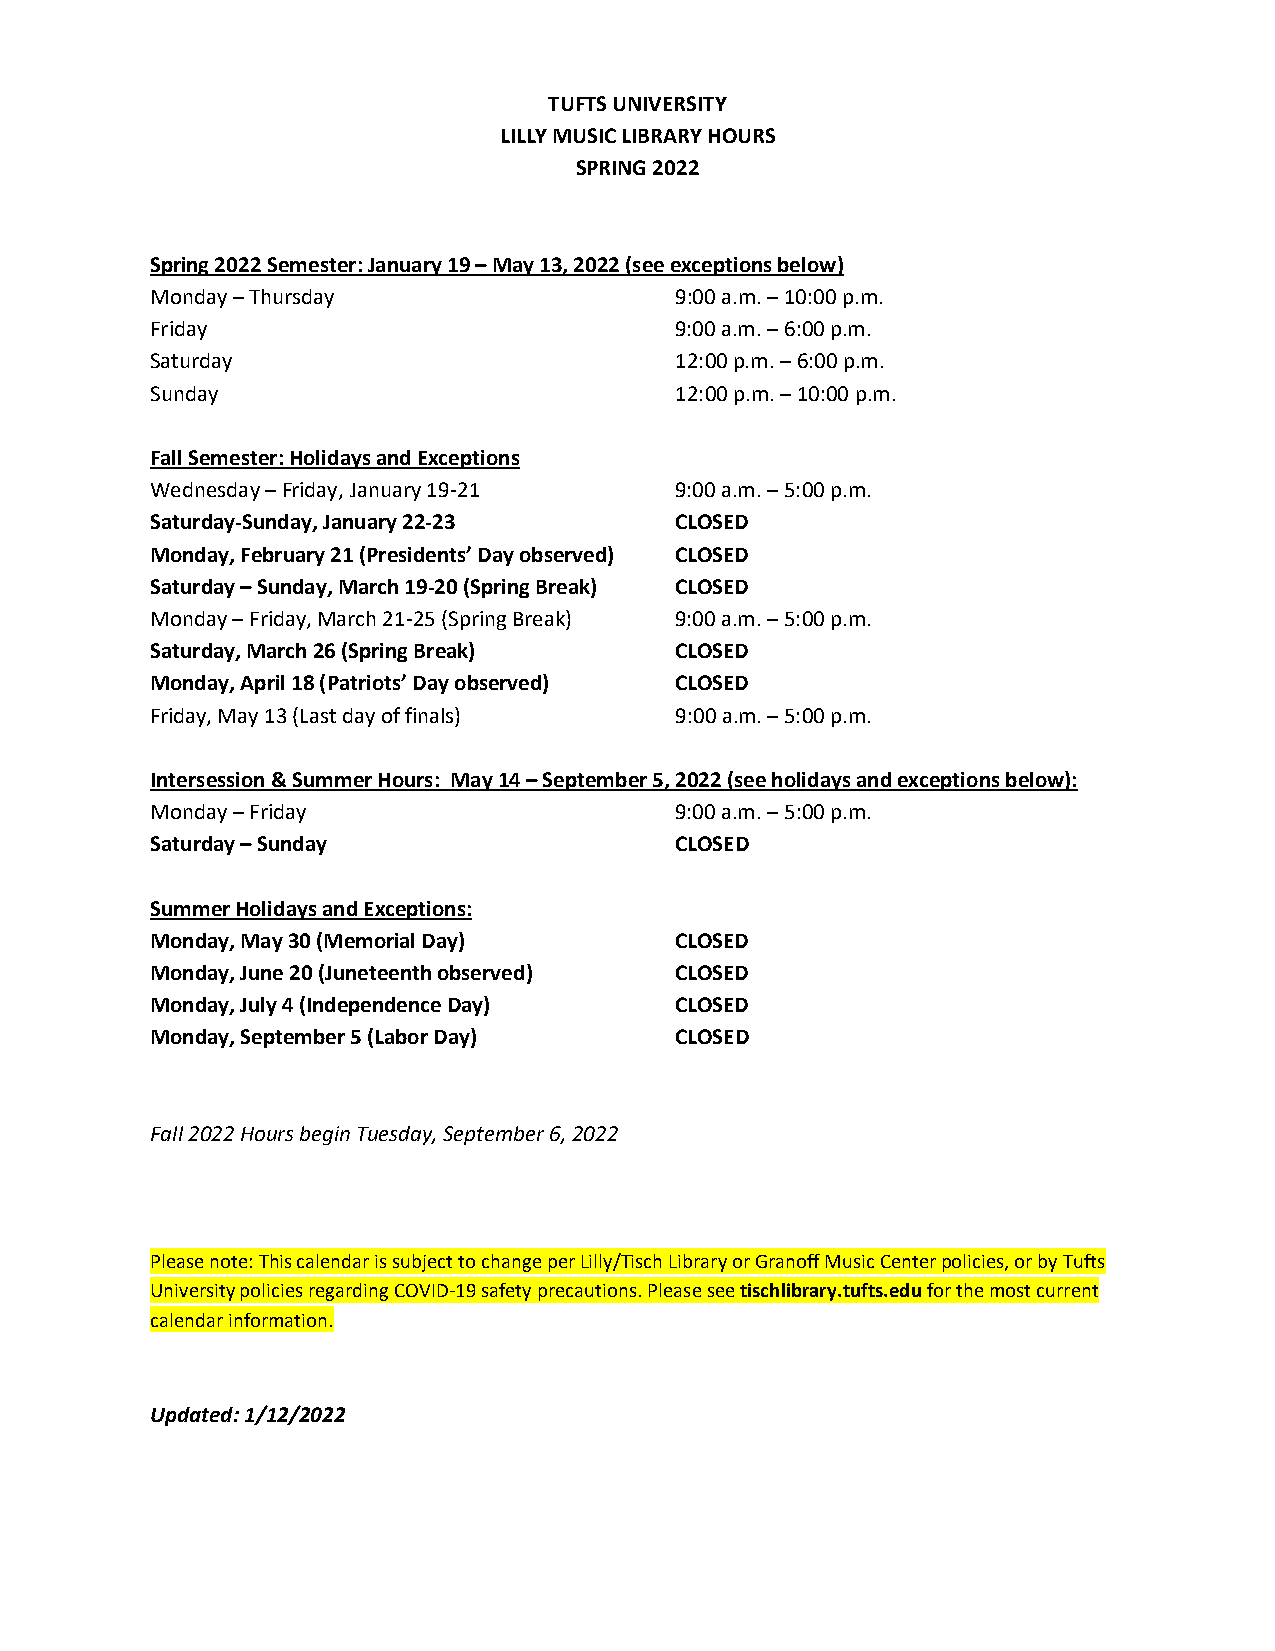
TUFTS UNIVERSITY
 LILLY MUSIC LIBRARY HOURS
 SPRING 2022
 Spring 2022 Semester: January 19 – May 13, 2022 (see exceptions below)
 Monday – Thursday                  9:00 a.m. – 10:00 p.m.
 Friday                             9:00 a.m. – 6:00 p.m.
 Saturday                           12:00 p.m. – 6:00 p.m.
 Sunday                             12:00 p.m. – 10:00 p.m.
 Fall Semester: Holidays and Exceptions
 Wednesday – Friday, January 19 -21 9:00 a.m. – 5:00 p.m.
 Saturday-Sunday, January 22-23     CLOSED
 Monday, February 21 (Presidents’ Day observed) CLOSED
 Saturday – Sunday, March 19-20 (Spring Break) CLOSED
 Monday – Friday, March 21-25 (Spring Break) 9:00 a.m. – 5:00 p.m.
 Saturday, March 26 (Spring Break)  CLOSED
 Monday, April 18 (Patriots’ Day observed) CLOSED
 Friday, May 13 (Last day of finals) 9:00 a.m. – 5:00 p.m.
 Intersession & Summer Hours: May 14 – September 5, 2022 (see holidays and exceptions below):
 Monday – Friday                    9:00 a.m. – 5:00 p.m.
 Saturday – Sunday                  CLOSED
 Summer Holidays and Exceptions:
 Monday, May 30 (Memorial Day)      CLOSED
 Monday, June 20 (Juneteenth observed) CLOSED
 Monday, July 4 (Independence Day)  CLOSED
 Monday, September 5 (Labor Day)    CLOSED
 Fall 2022 Hours begin Tuesday, September 6, 2022
 Please note: This calendar is subject to change per Lilly/Tisch Library or Granoff Music Center policies, or by Tufts
 University policies regarding COVID-19 safety precautions. Please see tischlibrary.tufts.edu for the most current
 calendar information.
 Updated: 1/12/2022